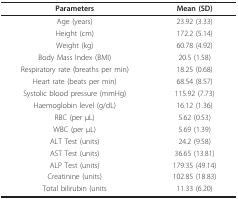
| Parameters | Mean (SD) |
 | --- | --- |
 | Age (years) | 23.92 (3.33) |
 | Height (cm) | 172.2 (5.14) |
 | Weight (kg) | 60.78 (4.92) |
 | Body Mass Index (BMI) | 20.5 (1.58) |
 | Respiratory rate (breaths per min) | 18.25 (0.68) |
 | Heart rate (beats per min) | 68.54 (8.57) |
 | Systolic blood pressure (mmHg) | 115.92 (7.73) |
 | Haemoglobin level (g/dL) | 16.12 (1.36) |
 | RBC (per μL) | 5.62 (0.53) |
 | WBC (per μL) | 5.69 (1.39) |
 | ALT Test (units) | 24.2 (9.58) |
 | AST Test (units) | 36.65 (13.81) |
 | ALP Test (units) | 179.35 (49.14) |
 | Creatinine (units) | 102.85 (18.83) |
 | Total bilirubin (units | 11.33 (6.20) |